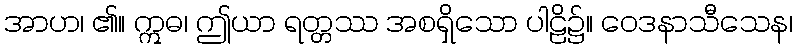
အာဟ၊ ၏။ ဣဓ၊ ဤယာ ရတ္တဿ အစရှိသော ပါဠိ၌။ ဝေဒနာသီသေန၊